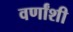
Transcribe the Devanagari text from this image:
वर्णांशी